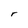
Character: r